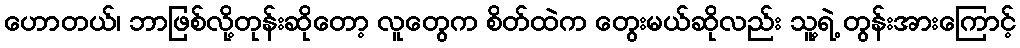
ဟောတယ်၊ ဘာဖြစ်လို့တုန်းဆိုတော့ လူတွေက စိတ်ထဲက တွေးမယ်ဆိုလည်း သူ့ရဲ့ တွန်းအားကြောင့်